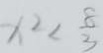
x ^ { 2 } < \frac { 8 } { 3 }